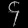
Digit: ၄